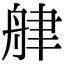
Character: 𦨱